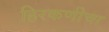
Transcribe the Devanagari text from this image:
हिरकणीचा